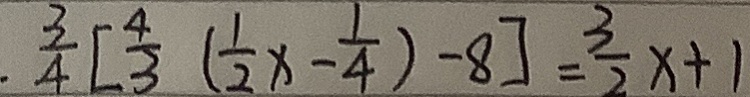
\frac { 3 } { 4 } [ \frac { 4 } { 3 } ( \frac { 1 } { 2 } x - \frac { 1 } { 4 } ) - 8 ] = \frac { 3 } { 2 } x + 1